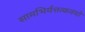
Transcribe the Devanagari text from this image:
सामभिर्यत्तत्कवयो